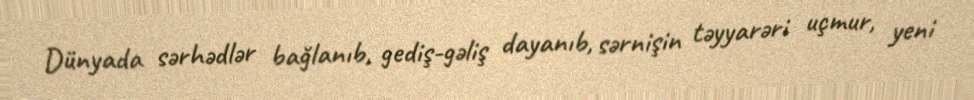
Dünyada sərhədlər bağlanıb, gediş-gəliş dayanıb, sərnişin təyyarəri uçmur, yeni